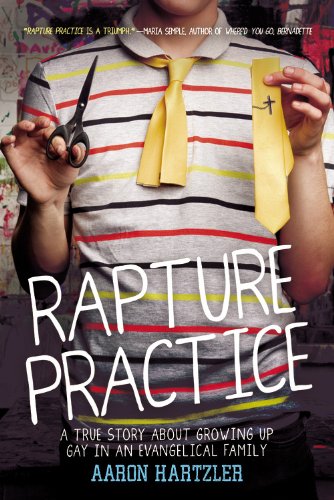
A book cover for Rapture Practice: A True Story About Growing Up Gay in an Evangelical Family; Aaron Hartzler; Gay & Lesbian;